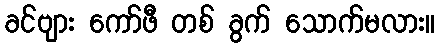
ခင်ဗျား ကော်ဖီ တစ် ခွက် သောက်မလား။